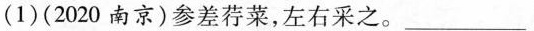
(1)(2020南京)参差荇菜，左右采之。___